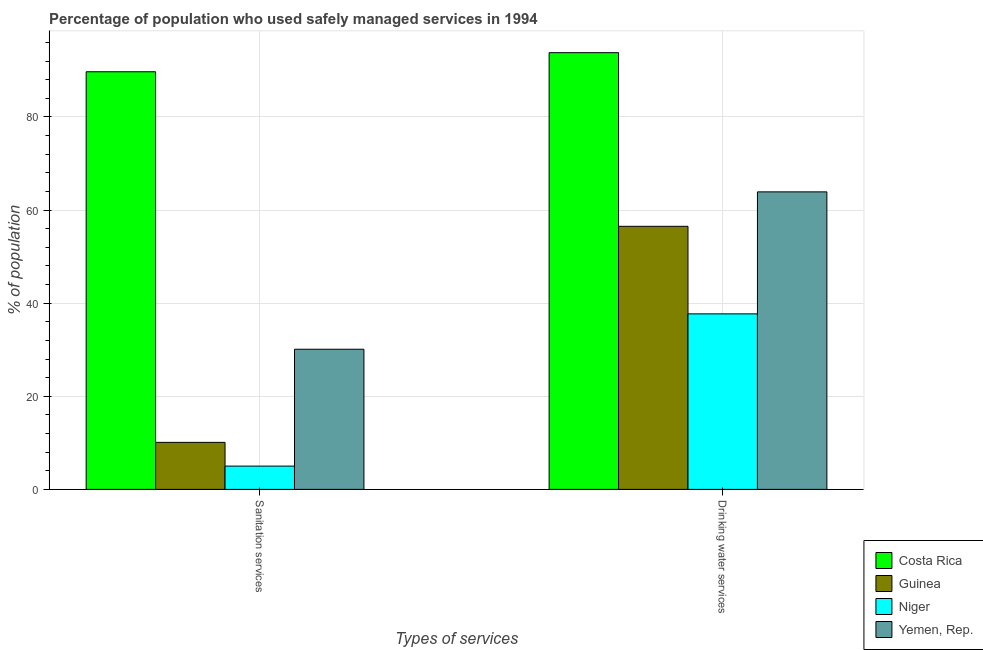
| Types of services | Costa Rica | Guinea | Niger | Yemen, Rep. |
 | --- | --- | --- | --- | --- |
 | Sanitation services | 89.7 | 10.1 | 5 | 30.1 |
 | Drinking water services | 93.8 | 56.5 | 37.7 | 63.9 |